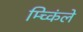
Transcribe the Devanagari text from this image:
म्च्किंले